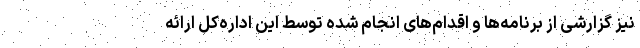
نیز گزارشی از برنامه‌ها و اقدام‌های انجام شده توسط این اداره‌کل ارائه